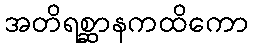
အတိရစ္ဆာနကထိကော